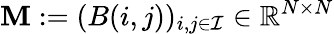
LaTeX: \mathbf{M}:=(B(i,j))_{i,j\in\mathcal{I}}\in\mathbb{R}^{N\times N}